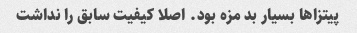
پیتزا‌ها بسیار بد مزه بود. اصلا کیفیت سابق را نداشت